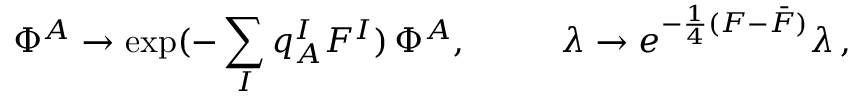
\Phi ^ { A } \to \exp ( - \sum _ { I } q _ { A } ^ { I } F ^ { I } ) \, \Phi ^ { A } , ~ ~ ~ ~ ~ ~ ~ ~ \lambda \rightarrow e ^ { - \frac { 1 } { 4 } ( F - \bar { F } ) } \lambda \, ,